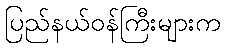
ပြည်နယ်ဝန်ကြီးများက